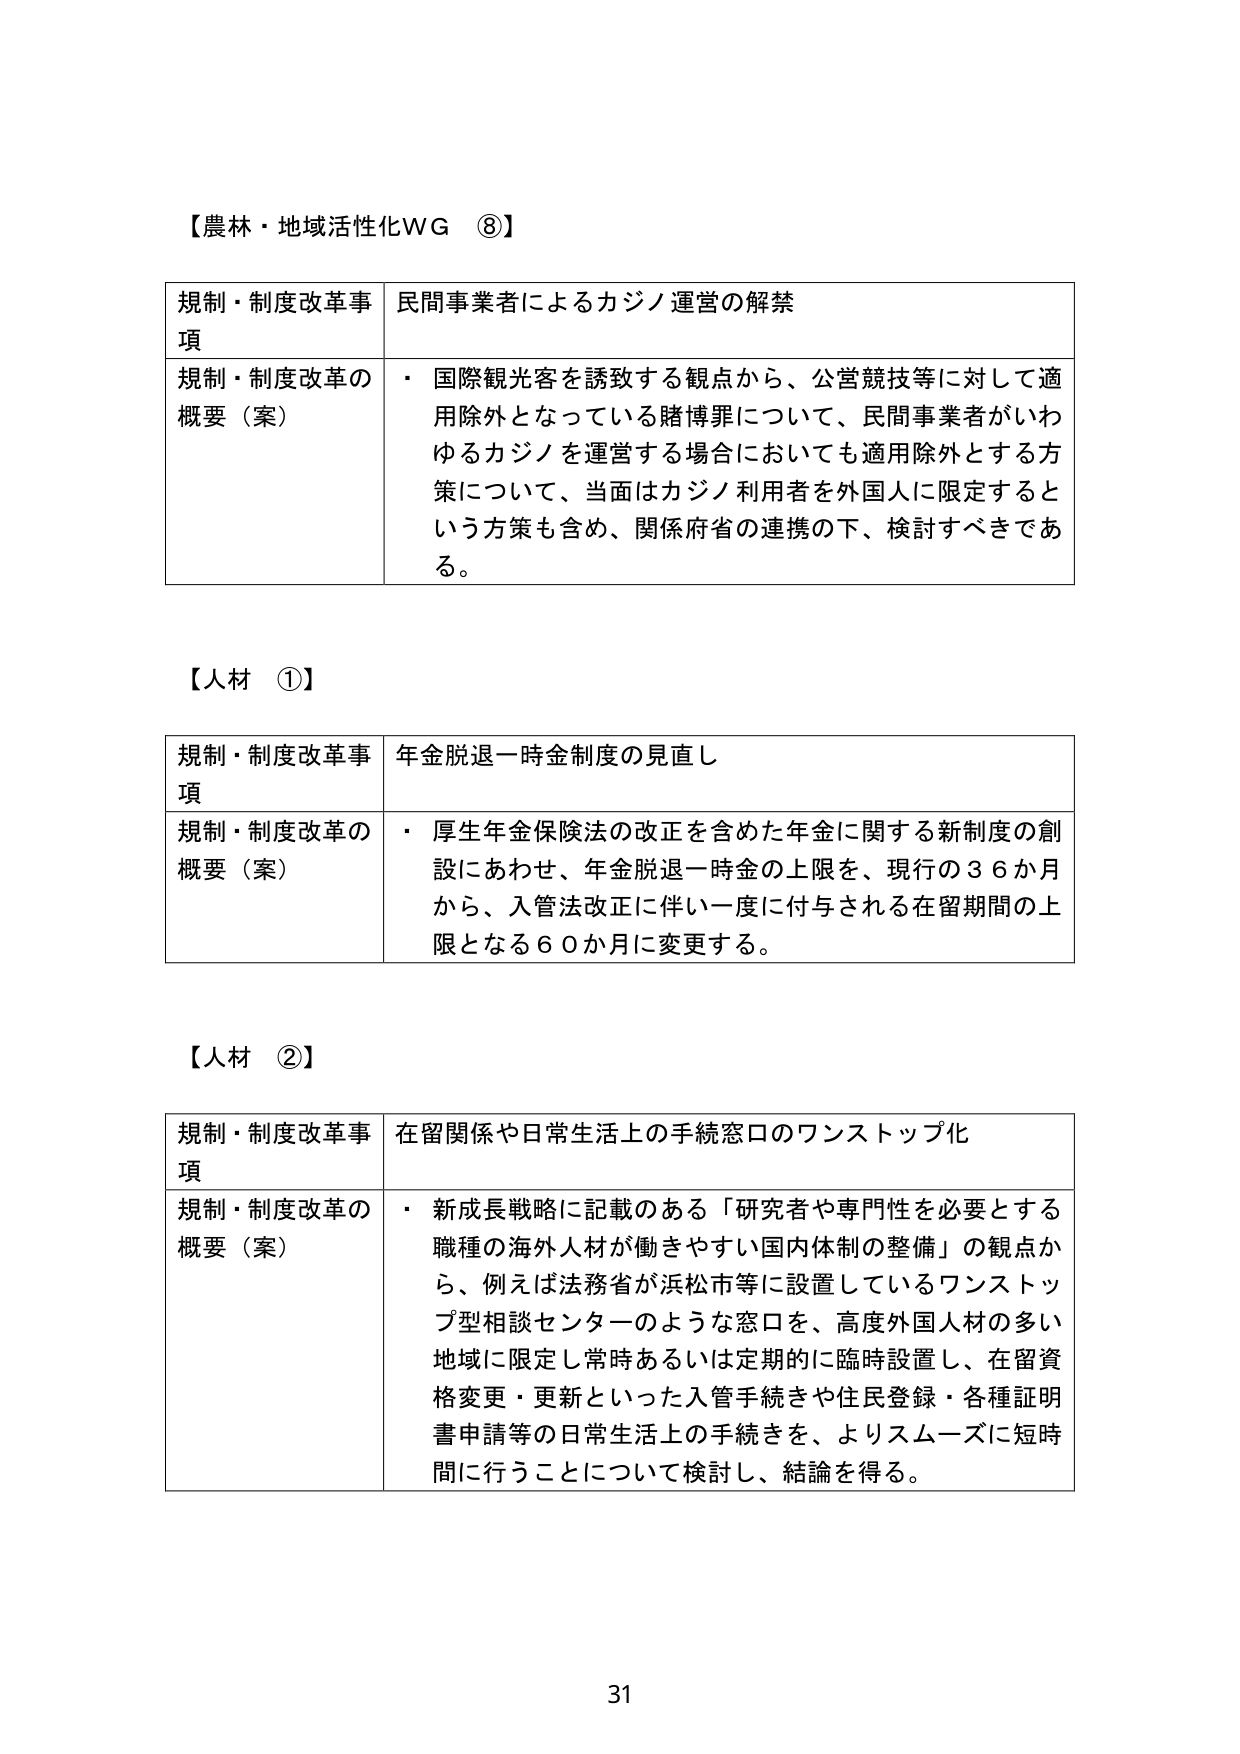
【農林・地域活性化WG ⑧】

規制・制度改革事項　民間事業者によるカジノ運営の解禁

規制・制度改革の概要（案）　・ 国際観光客を誘致する観点から、公営競技等に対して適用除外となっている賭博罪について、民間事業者がいわゆるカジノを運営する場合においても適用除外とする方策について、当面はカジノ利用者を外国人に限定するという方策も含め、関係府省の連携の下、検討すべきである。

【人材 ①】

規制・制度改革事項　年金脱退一時金制度の見直し

規制・制度改革の概要（案）　・ 厚生年金保険法の改正を含めた年金に関する新制度の創設にあわせ、年金脱退一時金の上限を、現行の３６か月から、入管法改正に伴い一度に付与される在留期間の上限となる６０か月に変更する。

【人材 ②】

規制・制度改革事項　在留関係や日常生活上の手続窓口のワンストップ化

規制・制度改革の概要（案）　・ 新成長戦略に記載のある「研究者や専門性を必要とする職種の海外人材が働きやすい国内体制の整備」の観点から、例えば法務省が浜松市等に設置しているワンストップ型相談センターのような窓口を、高度外国人材の多い地域に限定し常時あるいは定期的に臨時設置し、在留資格変更・更新といった入管手続きや住民登録・各種証明書申請等の日常生活上の手続きを、よりスムーズに短時間に行うことについて検討し、結論を得る。

31